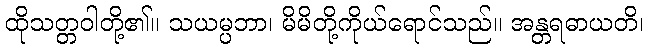
ထိုသတ္တဝါတို့၏။ သယမ္ပဘာ၊ မိမိတို့ကိုယ်ရောင်သည်။ အန္တရဓာယတိ၊